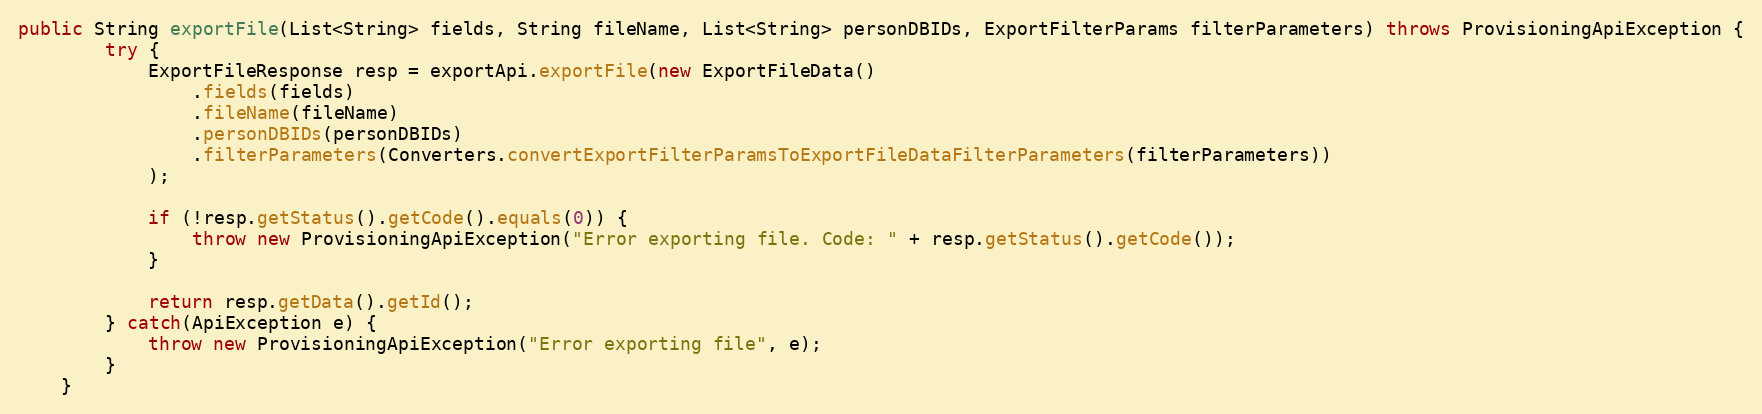
Language: Java
public String exportFile(List<String> fields, String fileName, List<String> personDBIDs, ExportFilterParams filterParameters) throws ProvisioningApiException {
		try {
			ExportFileResponse resp = exportApi.exportFile(new ExportFileData()
				.fields(fields)
				.fileName(fileName)
				.personDBIDs(personDBIDs)
				.filterParameters(Converters.convertExportFilterParamsToExportFileDataFilterParameters(filterParameters))
			);

			if (!resp.getStatus().getCode().equals(0)) {
				throw new ProvisioningApiException("Error exporting file. Code: " + resp.getStatus().getCode());
			}

			return resp.getData().getId();
        } catch(ApiException e) {
        	throw new ProvisioningApiException("Error exporting file", e);
        }
	}